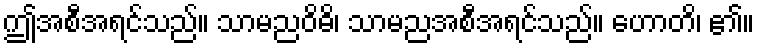
ဤအစီအရင်သည်။ သာမညဝိဓိ၊ သာမညအစီအရင်သည်။ ဟောတိ၊ ၏။